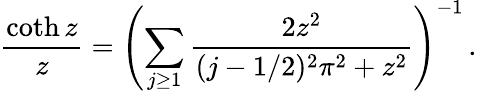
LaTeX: \frac{\coth z}{z}=\left(\sum_{j\ge 1}\frac{2z^{2}}{(j-1/2)^{2}\pi^{2}+z^{2}}\right)^{-1}\, .